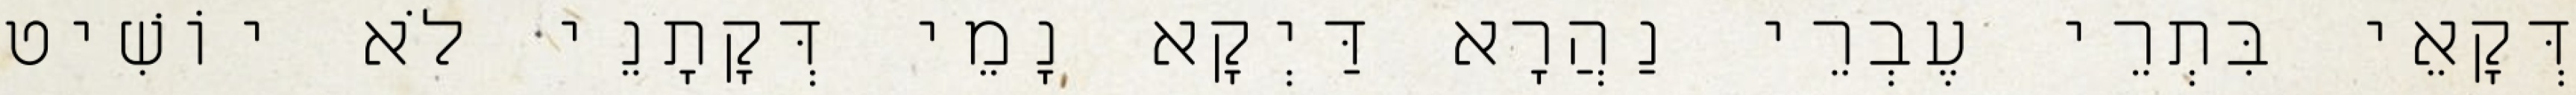
דְּקָאֵי בִּתְרֵי עֶבְרֵי נַהֲרָא דַּיְקָא נָמֵי דְּקָתָנֵי לֹא יוֹשִׁיט